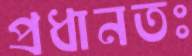
প্রধানতঃ